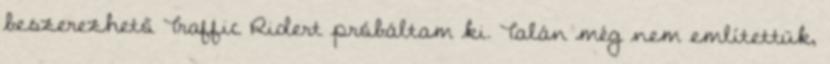
beszerezhető Traffic Ridert próbáltam ki. Talán még nem említettük,